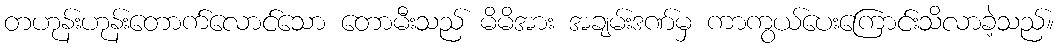
တဟုန်းဟုန်းတောက်လောင်သော တောမီးသည် မိမိအား အချမ်းဒဏ်မှ ကာကွယ်ပေးကြောင်းသိလာခဲ့သည်။